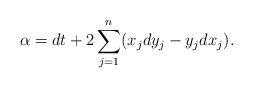
LaTeX: \begin{align*}\alpha = dt+2 \sum_{j=1}^n(x_j dy_j - y_j dx_j).\end{align*}